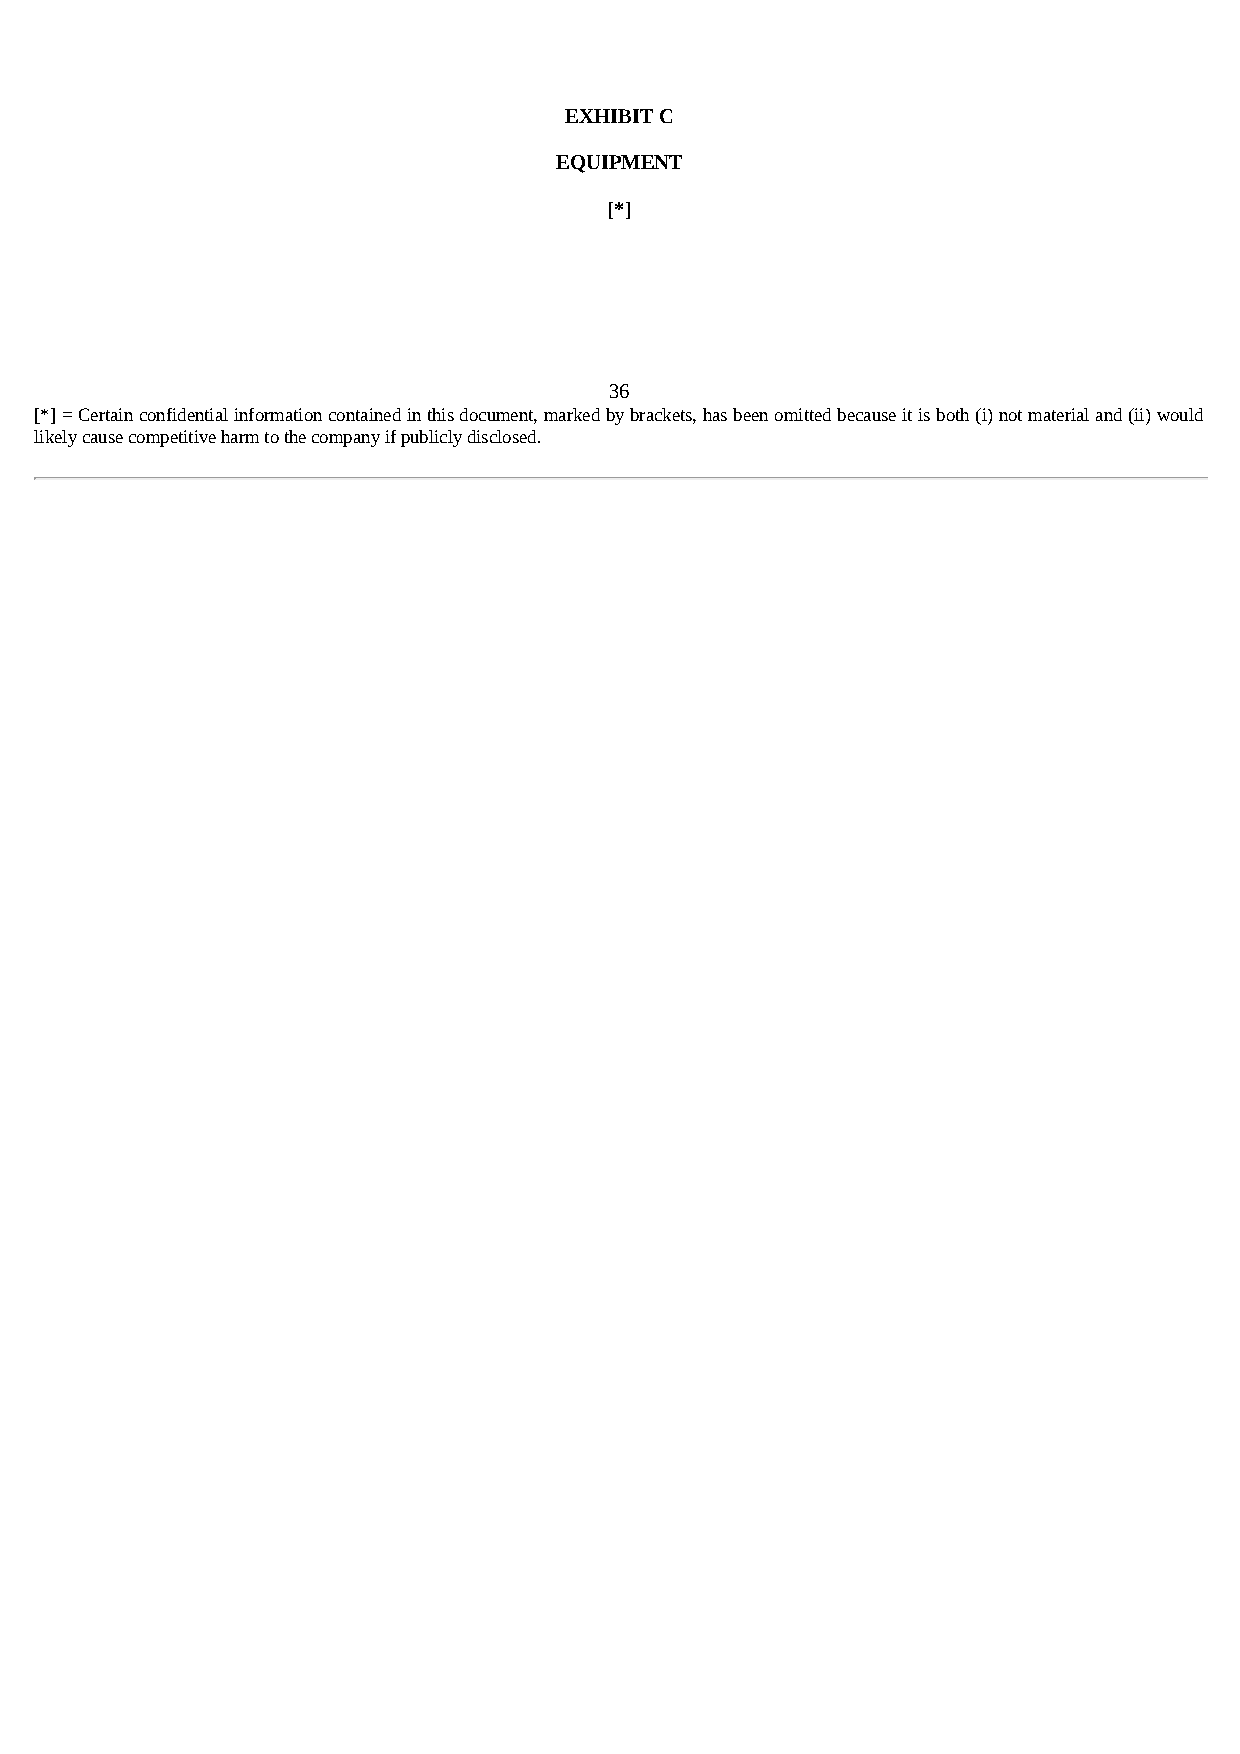
EXHIBIT C
 EQUIPMENT
 [*]
 36
 [*] = Certain confidential information contained in this document, marked by brackets, has been omitted because it is both (i) not material and (ii) would
 likely cause competitive harm to the company if publicly disclosed.